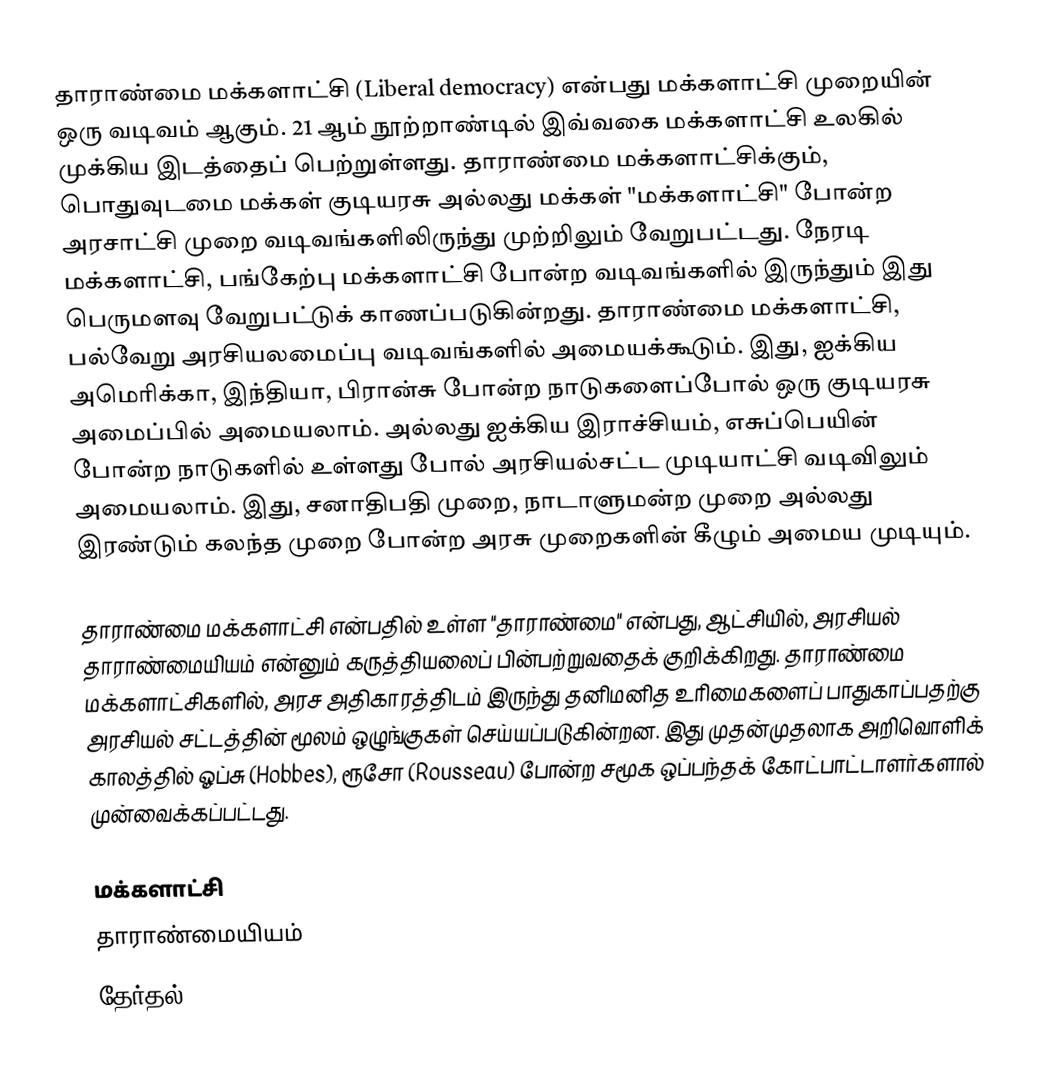
தாராண்மை மக்களாட்சி (Liberal democracy) என்பது மக்களாட்சி முறையின் ஒரு வடிவம் ஆகும். 21 ஆம் நூற்றாண்டில் இவ்வகை மக்களாட்சி உலகில் முக்கிய இடத்தைப் பெற்றுள்ளது. தாராண்மை மக்களாட்சிக்கும், பொதுவுடமை மக்கள் குடியரசு அல்லது மக்கள் "மக்களாட்சி" போன்ற அரசாட்சி முறை வடிவங்களிலிருந்து முற்றிலும் வேறுபட்டது. நேரடி மக்களாட்சி, பங்கேற்பு மக்களாட்சி போன்ற வடிவங்களில் இருந்தும் இது பெருமளவு வேறுபட்டுக் காணப்படுகின்றது. தாராண்மை மக்களாட்சி, பல்வேறு அரசியலமைப்பு வடிவங்களில் அமையக்கூடும். இது, ஐக்கிய அமெரிக்கா, இந்தியா, பிரான்சு போன்ற நாடுகளைப்போல் ஒரு குடியரசு அமைப்பில் அமையலாம். அல்லது ஐக்கிய இராச்சியம், எசுப்பெயின் போன்ற நாடுகளில் உள்ளது போல் அரசியல்சட்ட முடியாட்சி வடிவிலும் அமையலாம். இது, சனாதிபதி முறை, நாடாளுமன்ற முறை அல்லது இரண்டும் கலந்த முறை போன்ற அரசு முறைகளின் கீழும் அமைய முடியும்.

தாராண்மை மக்களாட்சி என்பதில் உள்ள "தாராண்மை" என்பது, ஆட்சியில், அரசியல் தாராண்மையியம் என்னும் கருத்தியலைப் பின்பற்றுவதைக் குறிக்கிறது. தாராண்மை மக்களாட்சிகளில், அரச அதிகாரத்திடம் இருந்து தனிமனித உரிமைகளைப் பாதுகாப்பதற்கு அரசியல் சட்டத்தின் மூலம் ஒழுங்குகள் செய்யப்படுகின்றன. இது முதன்முதலாக அறிவொளிக் காலத்தில் ஓப்சு (Hobbes), ரூசோ (Rousseau) போன்ற சமூக ஒப்பந்தக் கோட்பாட்டாளர்களால் முன்வைக்கப்பட்டது.

மக்களாட்சி
தாராண்மையியம்
தேர்தல்